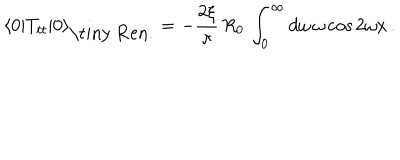
LaTeX: \langle 0 | T _ { t t } | 0 \rangle _ { \mathrm { \tiny ~ R e n . } } = - { \frac { 2 \xi } { \pi } } \, R _ { 0 } \, \int _ { 0 } ^ { \infty } d \omega \, \omega \cos { 2 \omega x } \, .